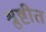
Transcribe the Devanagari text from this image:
श्रुष्टीत